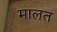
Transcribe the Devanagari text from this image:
मालत